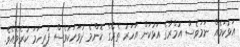
އަޅުކަމެއް ނަމަވެސް އުމްރާގެ އަޅުކަން އަހަރު ތެރޭގެ ކޮންމެ ދުވަހަކުވެސް ފުރިހަމަ ކުރެވެއެވެ.